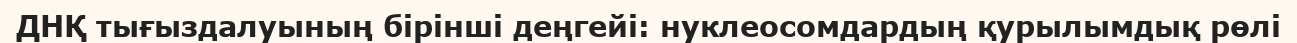
ДНҚ тығыздалуының бірінші деңгейі: нуклеосомдардың қурылымдық рөлі